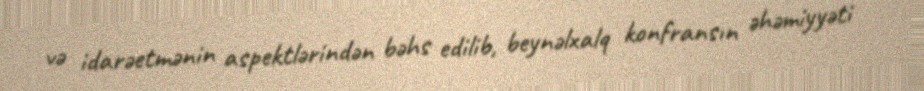
və idarəetmənin aspektlərindən bəhs edilib, beynəlxalq konfransın əhəmiyyəti